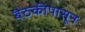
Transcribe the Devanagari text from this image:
बैठकीपासून